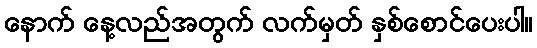
နောက် နေ့လည်အတွက် လက်မှတ် နှစ်စောင်ပေးပါ။